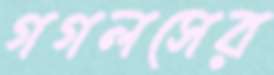
গগলসের